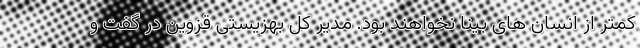
کمتر از انسان های بینا نخواهند بود. مدیر کل بهزیستی قزوین در گفت و